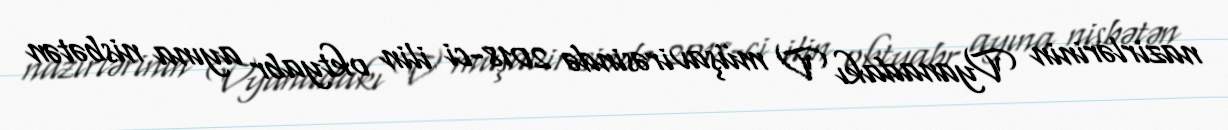
nazirlərinin Vyanadakı V müşavirəsində 2018-ci ilin oktyabr ayına nisbətən